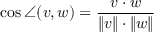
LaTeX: \cos \angle ( v , w ) = { \frac { v \cdot w } { \| v \| \cdot \| w \| } }